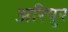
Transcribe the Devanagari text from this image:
अरियुर